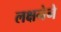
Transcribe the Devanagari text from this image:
लक्षनेने